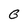
Character: G